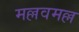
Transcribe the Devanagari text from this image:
मल्लवमल्ल